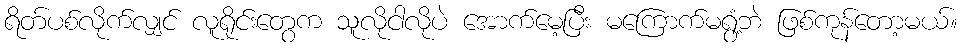
ရိတ်ပစ်လိုက်လျှင် လူရိုင်းတွေက သူလိုငါလိုပဲ အောက်မေ့ပြီး မကြောက်မရွံ့ဘဲ ဖြစ်ကုန်တော့မယ်။